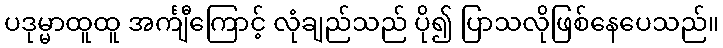
ပဒုမ္မာထူထူ အင်္ကျီကြောင့် လုံချည်သည် ပို၍ ပြာသလိုဖြစ်နေပေသည်။